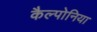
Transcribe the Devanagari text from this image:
कैल्पोनिया